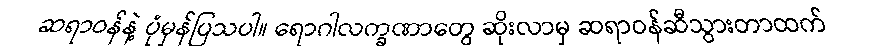
ဆရာဝန်နဲ့ ပုံမှန်ပြသပါ။ ရောဂါလက္ခဏာတွေ ဆိုးလာမှ ဆရာဝန်ဆီသွားတာထက်